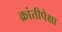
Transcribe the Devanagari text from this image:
क्रांतीपेक्षा